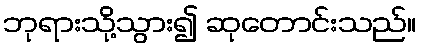
ဘုရားသို့သွား၍ ဆုတောင်းသည်။